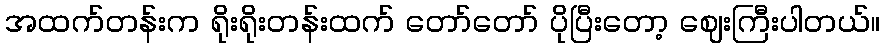
အထက်တန်းက ရိုးရိုးတန်းထက် တော်တော် ပိုပြီးတော့ ဈေးကြီးပါတယ်။